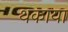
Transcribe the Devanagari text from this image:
थकाया